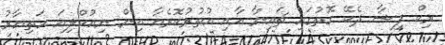
ރިކް ފިޝާ ދެކޭ ގޮތުގައި ޗައިނާ އާއި އުތުރުކޮރެއާ އިން ނިއުކްލިއަ ހަތިޔާރު